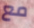
مع